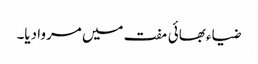
ضیاء بھائی مفت میں مروا دیا۔